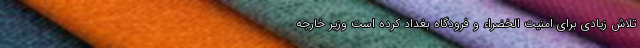
تلاش زیادی برای امنیت الخضراء و فرودگاه بغداد کرده است وزیر خارجه